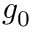
g _ { 0 }